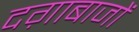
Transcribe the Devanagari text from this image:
दग़ाबाजों